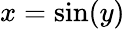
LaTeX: x=\sin(y)